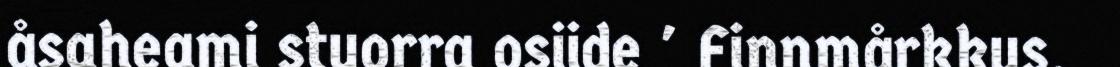
åsaheami stuorra osiide ' Finnmårkkus.